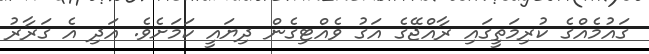
ގައުމެއްގެ ކުރިމަތީގައި ރާއްޖޭގެ އަގު ވެއްޓިގެން ދިޔައީ ކަމަށެވެ. އަދި އެ ގަރާރު